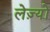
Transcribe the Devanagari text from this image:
लेज़्यों